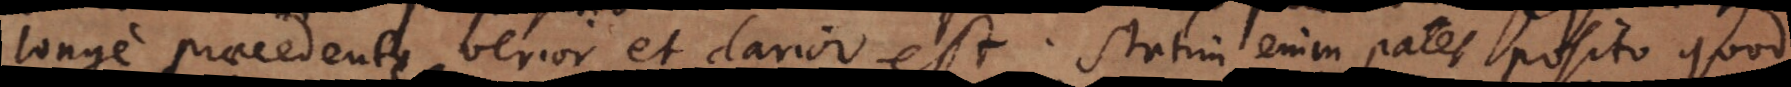
longe praecedente verior et clarior est. Statim enim patet posito quod